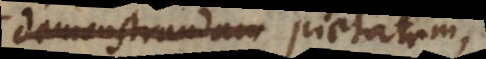
demonstrandam pietatem